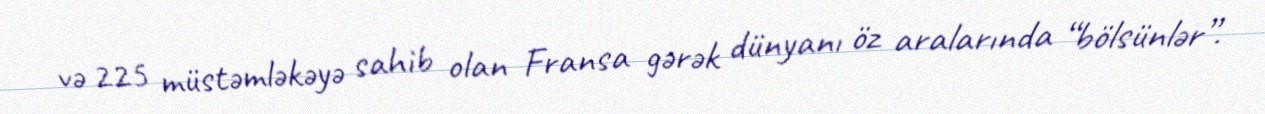
və 225 müstəmləkəyə sahib olan Fransa gərək dünyanı öz aralarında “bölsünlər”.